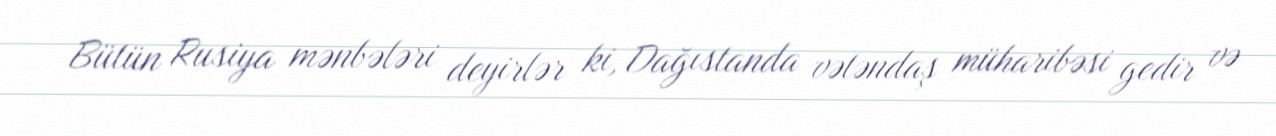
Bütün Rusiya mənbələri deyirlər ki, Dağıstanda vətəndaş müharibəsi gedir və